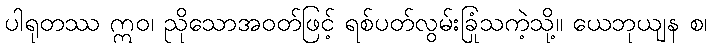
ပါရုတဿ ဣဝ၊ ညိုသောအဝတ်ဖြင့် ရစ်ပတ်လွမ်းခြုံသကဲ့သို့။ ယေဘုယျန စ၊